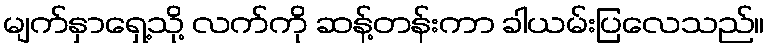
မျက်နှာရှေ့သို့ လက်ကို ဆန့်တန်းကာ ခါယမ်းပြလေသည်။